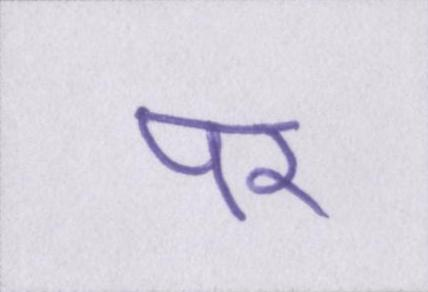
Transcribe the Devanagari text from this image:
पर